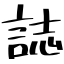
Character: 誌